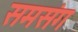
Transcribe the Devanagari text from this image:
समसंग